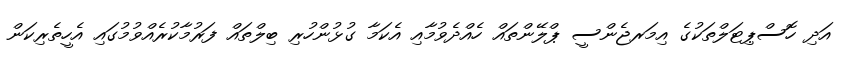
އަދި ހޮސްޕިޓަލްތަކުގެ އިމަރޖެންސީ ޕްލޭންތައް ހެއްދެވުމާއި އެކަމާ ގުޅުންހުރި ބިލްތައް ފަރުމާކުރެއްވުމުގައި އެހީތެރިކަން